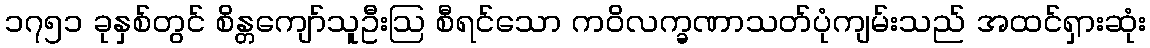
၁၇၅၁ ခုနှစ်တွင် စိန္တကျော်သူဦးဩ စီရင်သော ကဝိလက္ခဏာသတ်ပုံကျမ်းသည် အထင်ရှားဆုံး